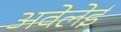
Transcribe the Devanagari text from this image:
अवेलेई